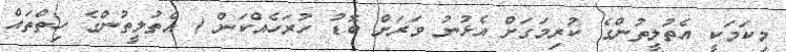
މިކަމަކީ އެތުލީތުންގެ ކުރިމަގަށް އެޅުނު ވަރަށް ބޮޑު ހުރަހެއްކަން ( އެތުލީތުންގެ ހިތްތައް